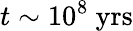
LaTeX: t\sim 10^{8}~\mathrm{yrs}